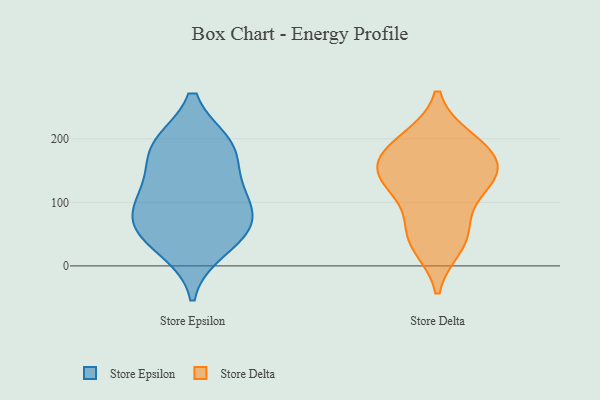
{"axis": {"x": "Bounce Rate (%)", "y": "Value"}, "legend": ["Store Delta", "Store Epsilon"], "data": [{"x": "", "y": 27, "type": "Store Epsilon"}, {"x": "", "y": 62, "type": "Store Epsilon"}, {"x": "", "y": 72, "type": "Store Epsilon"}, {"x": "", "y": 89, "type": "Store Epsilon"}, {"x": "", "y": 118, "type": "Store Epsilon"}, {"x": "", "y": 190, "type": "Store Epsilon"}, {"x": "", "y": 127, "type": "Store Epsilon"}, {"x": "", "y": 50, "type": "Store Epsilon"}, {"x": "", "y": 190, "type": "Store Epsilon"}, {"x": "", "y": 184, "type": "Store Epsilon"}, {"x": "", "y": 143, "type": "Store Delta"}, {"x": "", "y": 172, "type": "Store Delta"}, {"x": "", "y": 124, "type": "Store Delta"}, {"x": "", "y": 164, "type": "Store Delta"}, {"x": "", "y": 61, "type": "Store Delta"}, {"x": "", "y": 195, "type": "Store Delta"}, {"x": "", "y": 123, "type": "Store Delta"}, {"x": "", "y": 33, "type": "Store Delta"}, {"x": "", "y": 148, "type": "Store Delta"}, {"x": "", "y": 198, "type": "Store Delta"}, {"x": "", "y": 44, "type": "Store Delta"}]}